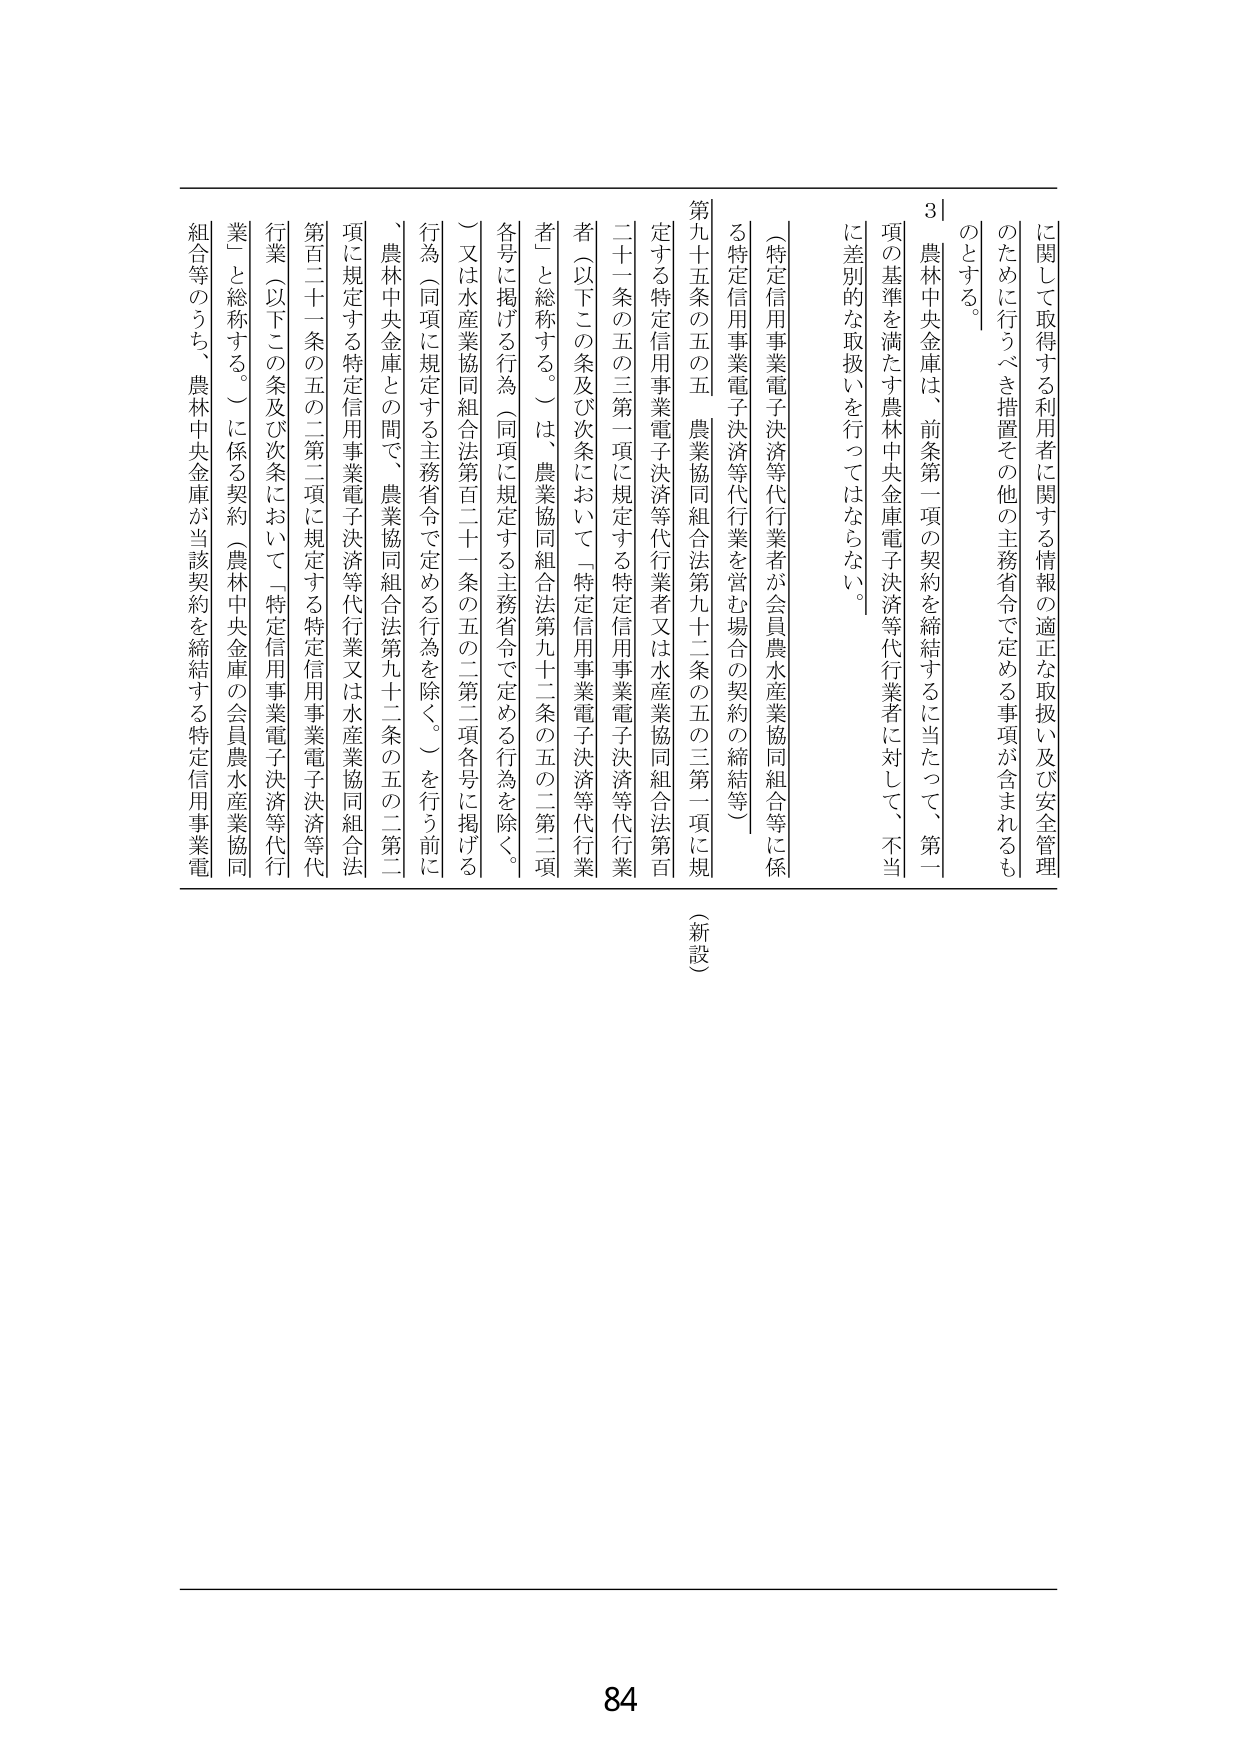
3｜農林中央金庫は、前条第一項の契約を締結するに当たって、第一項の基準を満たす農林中央金庫電子決済等代行業者に対して、不当に差別的な取扱いを行ってはならない。

（特定信用事業電子決済等代行業者が会員農水産業協同組合等に係る特定信用事業電子決済等代行業を営む場合の契約の締結等）

第九十五条の五の五 農業協同組合法第九十二条の五の三第一項に規定する特定信用事業電子決済等代行業者又は水産業協同組合法第百二十一条の五の三第一項に規定する特定信用事業電子決済等代行業者（以下この条及び次条において「特定信用事業電子決済等代行業者」と総称する。）は、農業協同組合法第九十二条の五の二第二項各号に掲げる行為（同項に規定する主務省令で定める行為を除く。）又は水産業協同組合法第百二十一条の五の二第二項各号に掲げる行為（同項に規定する主務省令で定める行為を除く。）を行う前に、農林中央金庫との間で、農業協同組合法第九十二条の五の二第二項に規定する特定信用事業電子決済等代行業又は水産業協同組合法第百二十一条の五の二第二項に規定する特定信用事業電子決済等代行業（以下この条及び次条において「特定信用事業電子決済等代行業」と総称する。）に係る契約（農林中央金庫の会員農水産業協同組合等のうち、農林中央金庫が当該契約を締結する特定信用事業電子決済等代行業者に係る契約をいう。）を締結しなければならない。

（新設）

84